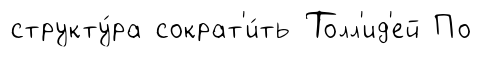
структу́ра сократ'и́ть Толл'ид'ей По